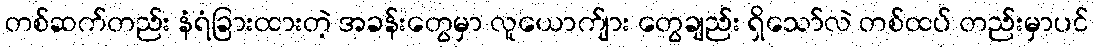
တစ်ဆက်တည်း နံရံခြားထားတဲ့ အခန်းတွေမှာ လူယောက်ျား တွေချည်း ရှိသော်လဲ တစ်ထပ် တည်းမှာပင်